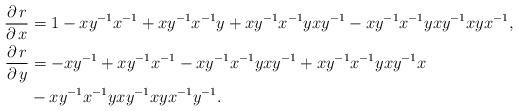
LaTeX: \begin{align*} \frac{\partial\,r}{\partial\,x} &= 1-xy^{-1}x^{-1}+xy^{-1}x^{-1}y+xy^{-1}x^{-1}yxy^{-1}-xy^{-1}x^{-1}yxy^{-1}xyx^{-1}, \\ \frac{\partial\,r}{\partial\,y} &= -xy^{-1}+xy^{-1}x^{-1}-xy^{-1}x^{-1}yxy^{-1}+xy^{-1}x^{-1}yxy^{-1}x \\ & -xy^{-1}x^{-1}yxy^{-1}xyx^{-1}y^{-1}.\end{align*}